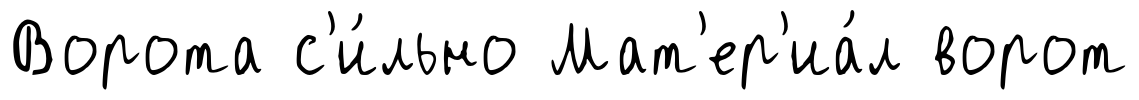
Ворота с'и́льно Мат'ер'иа́л ворот